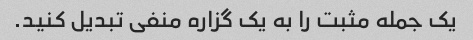
یک جمله مثبت را به یک گزاره منفی تبدیل کنید.